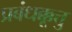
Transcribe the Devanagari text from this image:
प्रबंधक्कूत्तु